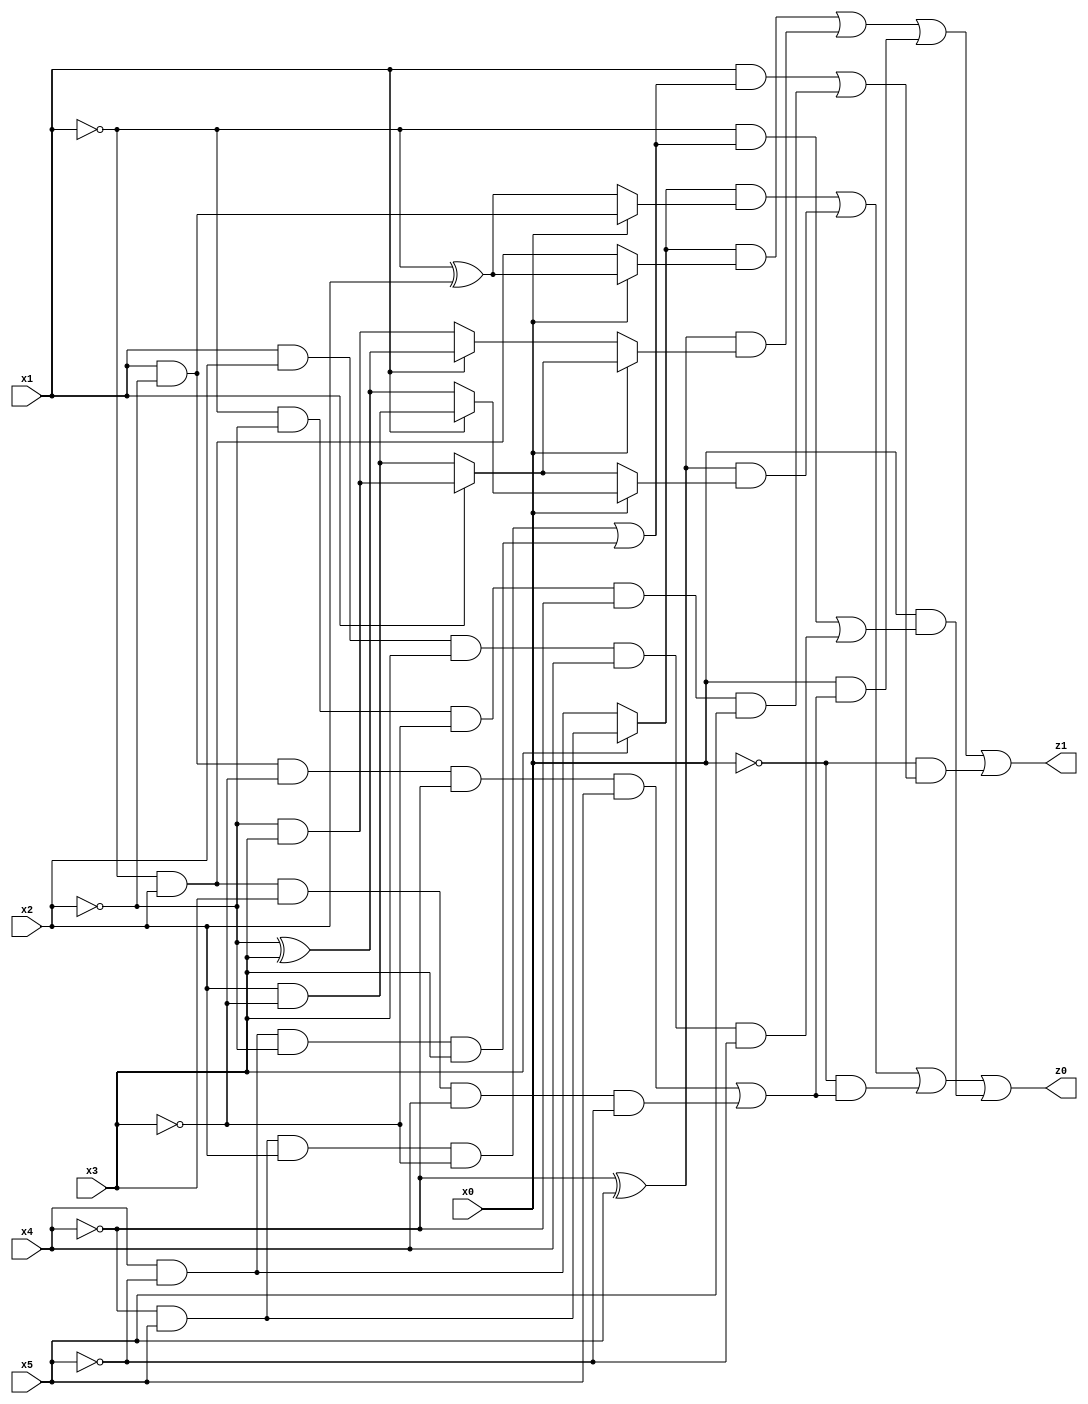
// Benchmark "q_1" written by ABC on Mon Jul 10 19:24:22 2023

module q_1 ( 
    x0, x1, x2, x3, x4, x5,
    z0, z1  );
  input  x0, x1, x2, x3, x4, x5;
  output z0, z1;
  assign z0 = ((x3 ? (~x4 & x5) : (x4 & ~x5)) & (x0 ? (x1 & ~x2) : (~x1 ^ x2))) | ((~x4 ^ x5) & (x0 ? (x1 ? (x2 & ~x3) : (~x2 ^ x3)) : (x1 ? (~x2 & x3) : (x2 & ~x3)))) | (~x0 & ((x1 & ~x2 & ~x3 & ~x4 & x5) | (~x1 & x2 & x3 & x4 & ~x5))) | (x0 & ((~x1 & ((~x4 & x5 & x2 & ~x3) | (x4 & ~x5 & ~x2 & x3))) | (x1 & x2 & x3 & x4 & ~x5)));
  assign z1 = ((x3 ? (~x4 & x5) : (x4 & ~x5)) & (x0 ? (~x1 ^ x2) : (~x1 & x2))) | ((~x4 ^ x5) & (x0 ? (x1 ? (~x2 & x3) : (x2 & ~x3)) : (x1 ? (~x2 ^ x3) : (~x2 & x3)))) | (x0 & ((x1 & ~x2 & ~x3 & ~x4 & x5) | (~x1 & x2 & x3 & x4 & ~x5))) | (~x0 & ((x1 & ((~x4 & x5 & x2 & ~x3) | (x4 & ~x5 & ~x2 & x3))) | (~x1 & ~x2 & ~x3 & ~x4 & x5)));
endmodule